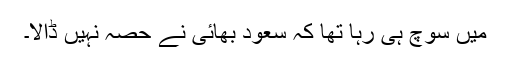
میں سوچ ہی رہا تھا کہ سعود بھائی نے حصہ نہیں ڈالا۔